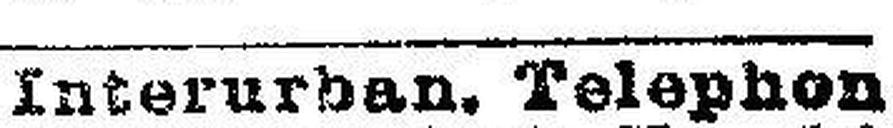
Interurban. Telephon